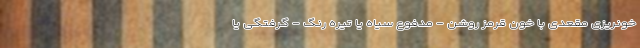
خونریزی مقعدی با خون قرمز روشن - مدفوع سیاه یا تیره رنگ - گرفتگی یا